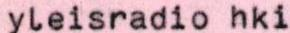
yleisradio hki